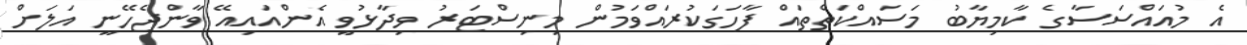
އެ މުއައްސަސާގެ ކާމިޔާބު މަސައްކަތްތައް ފާހަގަކުރައްވަމުން މިނިސްޓަރު ވިދާޅުވީ އެންއައިއޭ ވާންޖެހޭނީ އަލަށް